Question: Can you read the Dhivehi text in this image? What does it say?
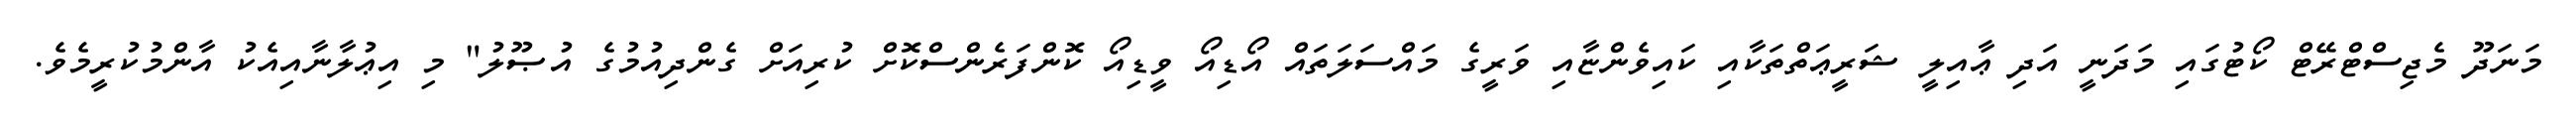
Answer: މަނަދޫ މެޖިސްޓްރޭޓް ކޯޓުގައި މަދަނީ އަދި ޢާއިލީ ޝަރީޢަތްތަކާއި ކައިވެންޏާއި ވަރީގެ މައްސަލަތައް އޯޑިއޯ ވީޑިއޯ ކޮންފަރެންސްކޮށް ކުރިއަށް ގެންދިއުމުގެ އުޞޫލު" މި އިޢުލާނާއިއެކު އާންމުކުރީމެވެ.